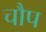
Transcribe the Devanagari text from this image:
चौप